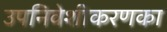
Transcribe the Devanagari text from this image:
उपनिवेशीकरणका